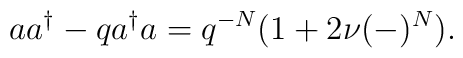
aa^{\dagger} - q a^{\dagger}a = q^{-N} (1 + 2\nu (-)^N) .